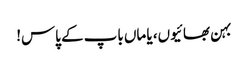
بہن بھائیوں، یا ماں باپ کے پاس!